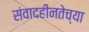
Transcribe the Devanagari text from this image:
संवादहीनतेच्या